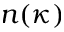
n ( \kappa )